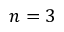
n = 3